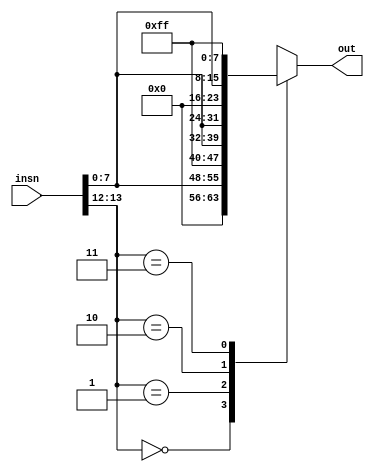
`default_nettype none

module cozy_constant_generator (
    input wire [15:0] insn,
    output reg [15:0] out
);

always @(*)
    case (insn[13:12])
        2'b00: out = { 8'h00, insn[7:0] };
        2'b01: out = { 8'hff, insn[7:0] };
        2'b10: out = { insn[7:0], 8'h00 };
        2'b11: out = { insn[7:0], 8'hff };
    endcase

endmodule